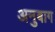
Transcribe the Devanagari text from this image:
अनुबाग